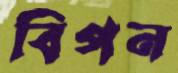
বিপন